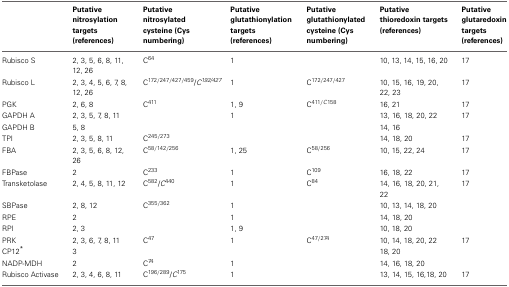
<table><thead><tr><td></td><td><b>Putative nitrosylation targets (references)</b></td><td><b>Putative nitrosylated cysteine (Cys numbering)</b></td><td><b>Putative glutathionylation targets (references)</b></td><td><b>Putative glutathionylated cysteine (Cys numbering)</b></td><td><b>Putative thioredoxin targets (references)</b></td><td><b>Putative glutaredoxin targets (references)</b></td></tr></thead><tbody><tr><td>Rubisco S</td><td>2, 3, 5, 6, 8, 11, 12, 26</td><td>C<sup>64</sup></td><td>1</td><td></td><td>10, 13, 14, 15, 16, 20</td><td>17</td></tr><tr><td>Rubisco L</td><td>2, 3, 4, 5, 6, 7, 8, 12, 26</td><td>C<sup>172/247/427/459</sup>/<i>C</i><sup><i>192/427</i></sup></td><td>1</td><td>C<sup>172/247/427</sup></td><td>10, 15, 16, 19, 20, 22, 23</td><td>17</td></tr><tr><td>PGK</td><td>2, 6, 8</td><td>C<sup>411</sup></td><td>1, 9</td><td>C<sup>411/C158</sup></td><td>16, 21</td><td>17</td></tr><tr><td>GAPDH A</td><td>2, 3, 5, 7, 8, 11</td><td></td><td>1</td><td></td><td>13, 16, 18, 20, 22</td><td>17</td></tr><tr><td>GAPDH B</td><td>5, 8</td><td></td><td></td><td></td><td>14, 16</td><td></td></tr><tr><td>TPI</td><td>2, 3, 5, 8, 11</td><td>C<sup>245/273</sup></td><td></td><td></td><td>14, 18, 20</td><td>17</td></tr><tr><td>FBA</td><td>2, 3, 5, 6, 8, 12, 26</td><td>C<sup>58/142/256</sup></td><td>1, 25</td><td>C<sup>58/256</sup></td><td>10, 15, 22, 24</td><td>17</td></tr><tr><td>FBPase</td><td>2</td><td>C<sup>233</sup></td><td>1</td><td>C<sup>109</sup></td><td>16, 18, 22</td><td>17</td></tr><tr><td>Transketolase</td><td>2, 4, 5, 8, 11, 12</td><td>C<sup>582</sup>/<i>C</i><sup>440</sup></td><td>1</td><td>C<sup>84</sup></td><td>14, 16, 18, 20, 21, 22</td><td>17</td></tr><tr><td>SBPase</td><td>2, 8, 12</td><td>C<sup>355/362</sup></td><td>1</td><td></td><td>10, 13, 14, 18, 20</td><td></td></tr><tr><td>RPE</td><td>2</td><td></td><td>1</td><td></td><td>14, 18, 20</td><td></td></tr><tr><td>RPI</td><td>2, 3</td><td></td><td>1, 9</td><td></td><td>10, 18, 20</td><td></td></tr><tr><td>PRK</td><td>2, 3, 6, 7, 8, 11</td><td>C<sup>47</sup></td><td>1</td><td>C<sup>47/274</sup></td><td>10, 14, 18, 20, 22</td><td>17</td></tr><tr><td>CP12<sup>*</sup></td><td>3</td><td></td><td></td><td></td><td>18, 20</td><td></td></tr><tr><td>NADP-MDH</td><td>2</td><td>C<sup>74</sup></td><td>1</td><td></td><td>14, 16, 18, 20</td><td></td></tr><tr><td>Rubisco Activase</td><td>2, 3, 4, 6, 8, 11</td><td>C<sup>196/289</sup>/<i>C</i><sup>175</sup></td><td>1</td><td></td><td>13, 14, 15, 16,18, 20</td><td>17</td></tr></tbody></table>